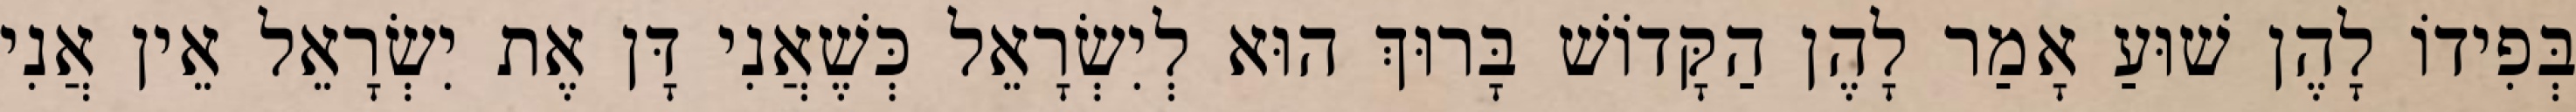
בְּפִידוֹ לָהֶן שׁוּעַ אָמַר לָהֶן הַקָּדוֹשׁ בָּרוּךְ הוּא לְיִשְׂרָאֵל כְּשֶׁאֲנִי דָּן אֶת יִשְׂרָאֵל אֵין אֲנִי